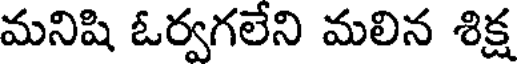
మనిషి ఓర్వగలేని మలిన శిక్ష